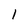
Character: 1